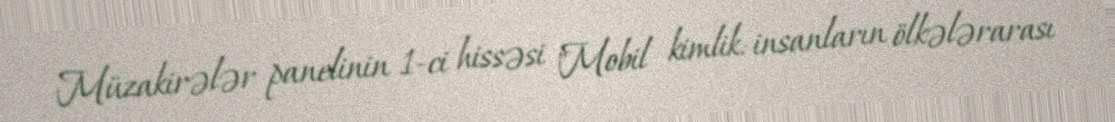
Müzakirələr panelinin 1-ci hissəsi "Mobil kimlik: insanların ölkələrarası